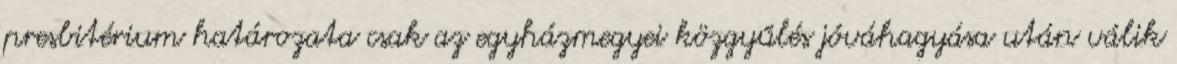
presbitérium határozata csak az egyházmegyei közgyűlés jóváhagyása után válik